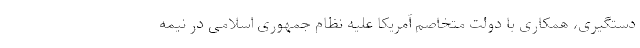
دستگیری، همکاری با دولت متخاصم آمریکا علیه نظام جمهوری اسلامی در نیمه